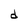
Character: d